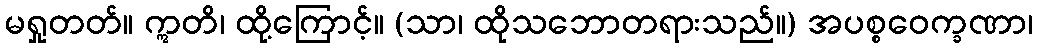
မရှုတတ်။ ဣတိ၊ ထို့ကြောင့်။ (သာ၊ ထိုသဘောတရားသည်။) အပစ္စဝေက္ခဏာ၊